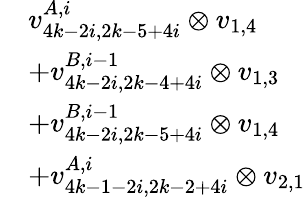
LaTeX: \begin{array}{rl}&{v_{4k-2i,2k-5+4i}^{A,i}\otimes v_{1,4}}\\ &{+v_{4k-2i,2k-4+4i}^{B,i-1}\otimes v_{1,3}}\\ &{+v_{4k-2i,2k-5+4i}^{B,i-1}\otimes v_{1,4}}\\ &{+v_{4k-1-2i,2k-2+4i}^{A,i}\otimes v_{2,1}}\end{array}